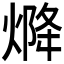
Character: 𤌅